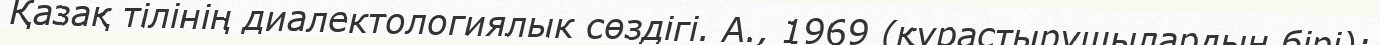
Қазақ тілінің диалектологиялык сөздігі. А., 1969 (құрастырушылардың бірі);